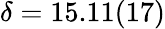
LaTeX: \delta=15.11(17)